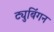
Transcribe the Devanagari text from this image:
ट्युबिंगन